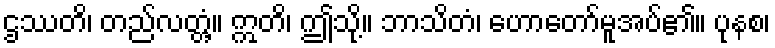
ဌဿတိ၊ တည်လတ္တံ့။ ဣတိ၊ ဤသို့။ ဘာသိတံ၊ ဟောတော်မူအပ်၏။ ပုနစ၊